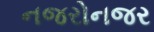
નજરોનજર